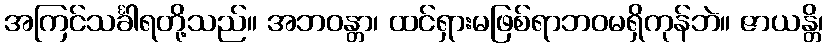
အကြင်သင်္ခါရတို့သည်။ အဘဝန္တာ၊ ထင်ရှားမဖြစ်ရာဘဝမရှိကုန်ဘဲ။ ဇာယန္တိ၊